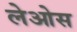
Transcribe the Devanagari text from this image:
लेओस